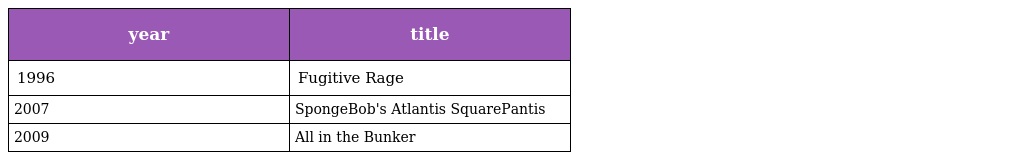
| year | title |
 | --- | --- |
 | 1996 | Fugitive Rage |
 | 2007 | SpongeBob's Atlantis SquarePantis |
 | 2009 | All in the Bunker |